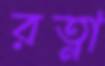
রত্না